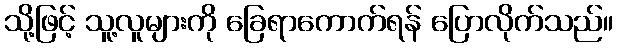
သို့ဖြင့် သူ့လူများကို ခြေရာကောက်ရန် ပြောလိုက်သည်။